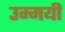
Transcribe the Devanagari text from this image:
उम्मयी